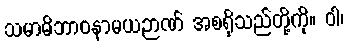
သမာဓိဘာဝနာမယဉာဏ် အစရှိသည်တို့ကို။ ဝါ၊